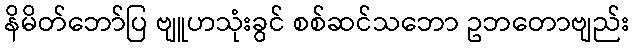
နိမိတ်ဘော်ပြ ဗျူဟသုံးခွင် စစ်ဆင်သဘော ဥဘတောဗျည်း